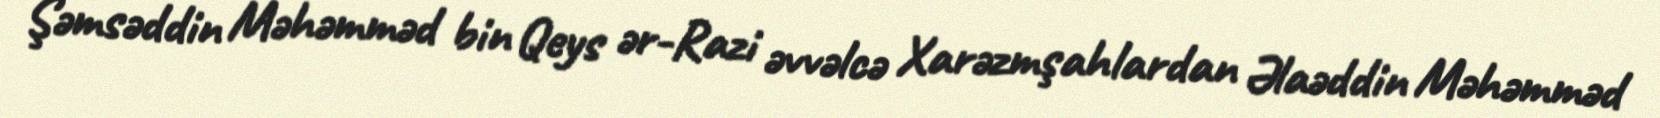
Şəmsəddin Məhəmməd bin Qeys ər-Razi əvvəlcə Xarəzmşahlardan Əlaəddin Məhəmməd